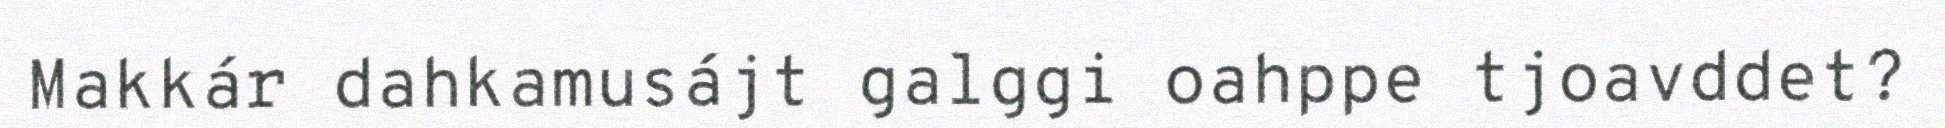
Makkár dahkamusájt galggi oahppe tjoavddet?